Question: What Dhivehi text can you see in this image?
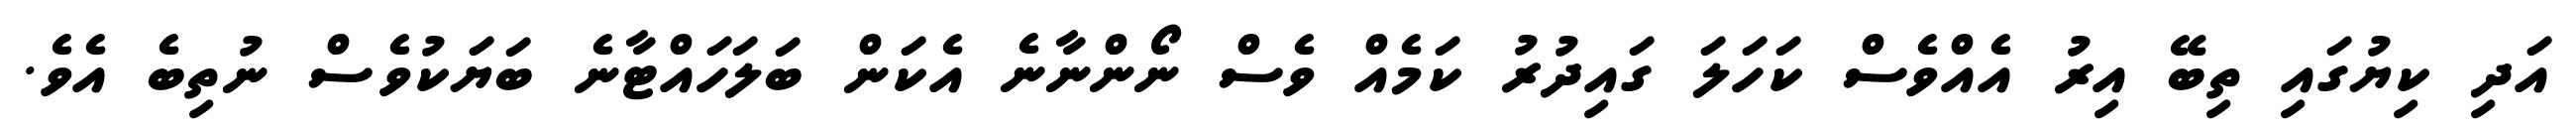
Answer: އަދި ކިޔުގައި ތިބޭ އިރު އެއްވެސް ކަހަލަ ގައިދުރު ކަމެއް ވެސް ނޯންނާނެ އެކަން ބަލަހައްޓާނެ ބަޔަކުވެސް ނުތިބެ އެވެ.